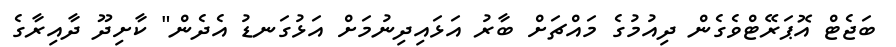
ބަޖެޓް އޮޕަރޭޓްވެގެން ދިއުމުގެ މައްޗަށް ބާރު އަޅައިދިނުމަށް އަޅުގަނޑު އެދެން" ކާށިދޫ ދާއިރާގެ